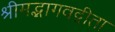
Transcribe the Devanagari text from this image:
श्रीमद्भागवद्गीता